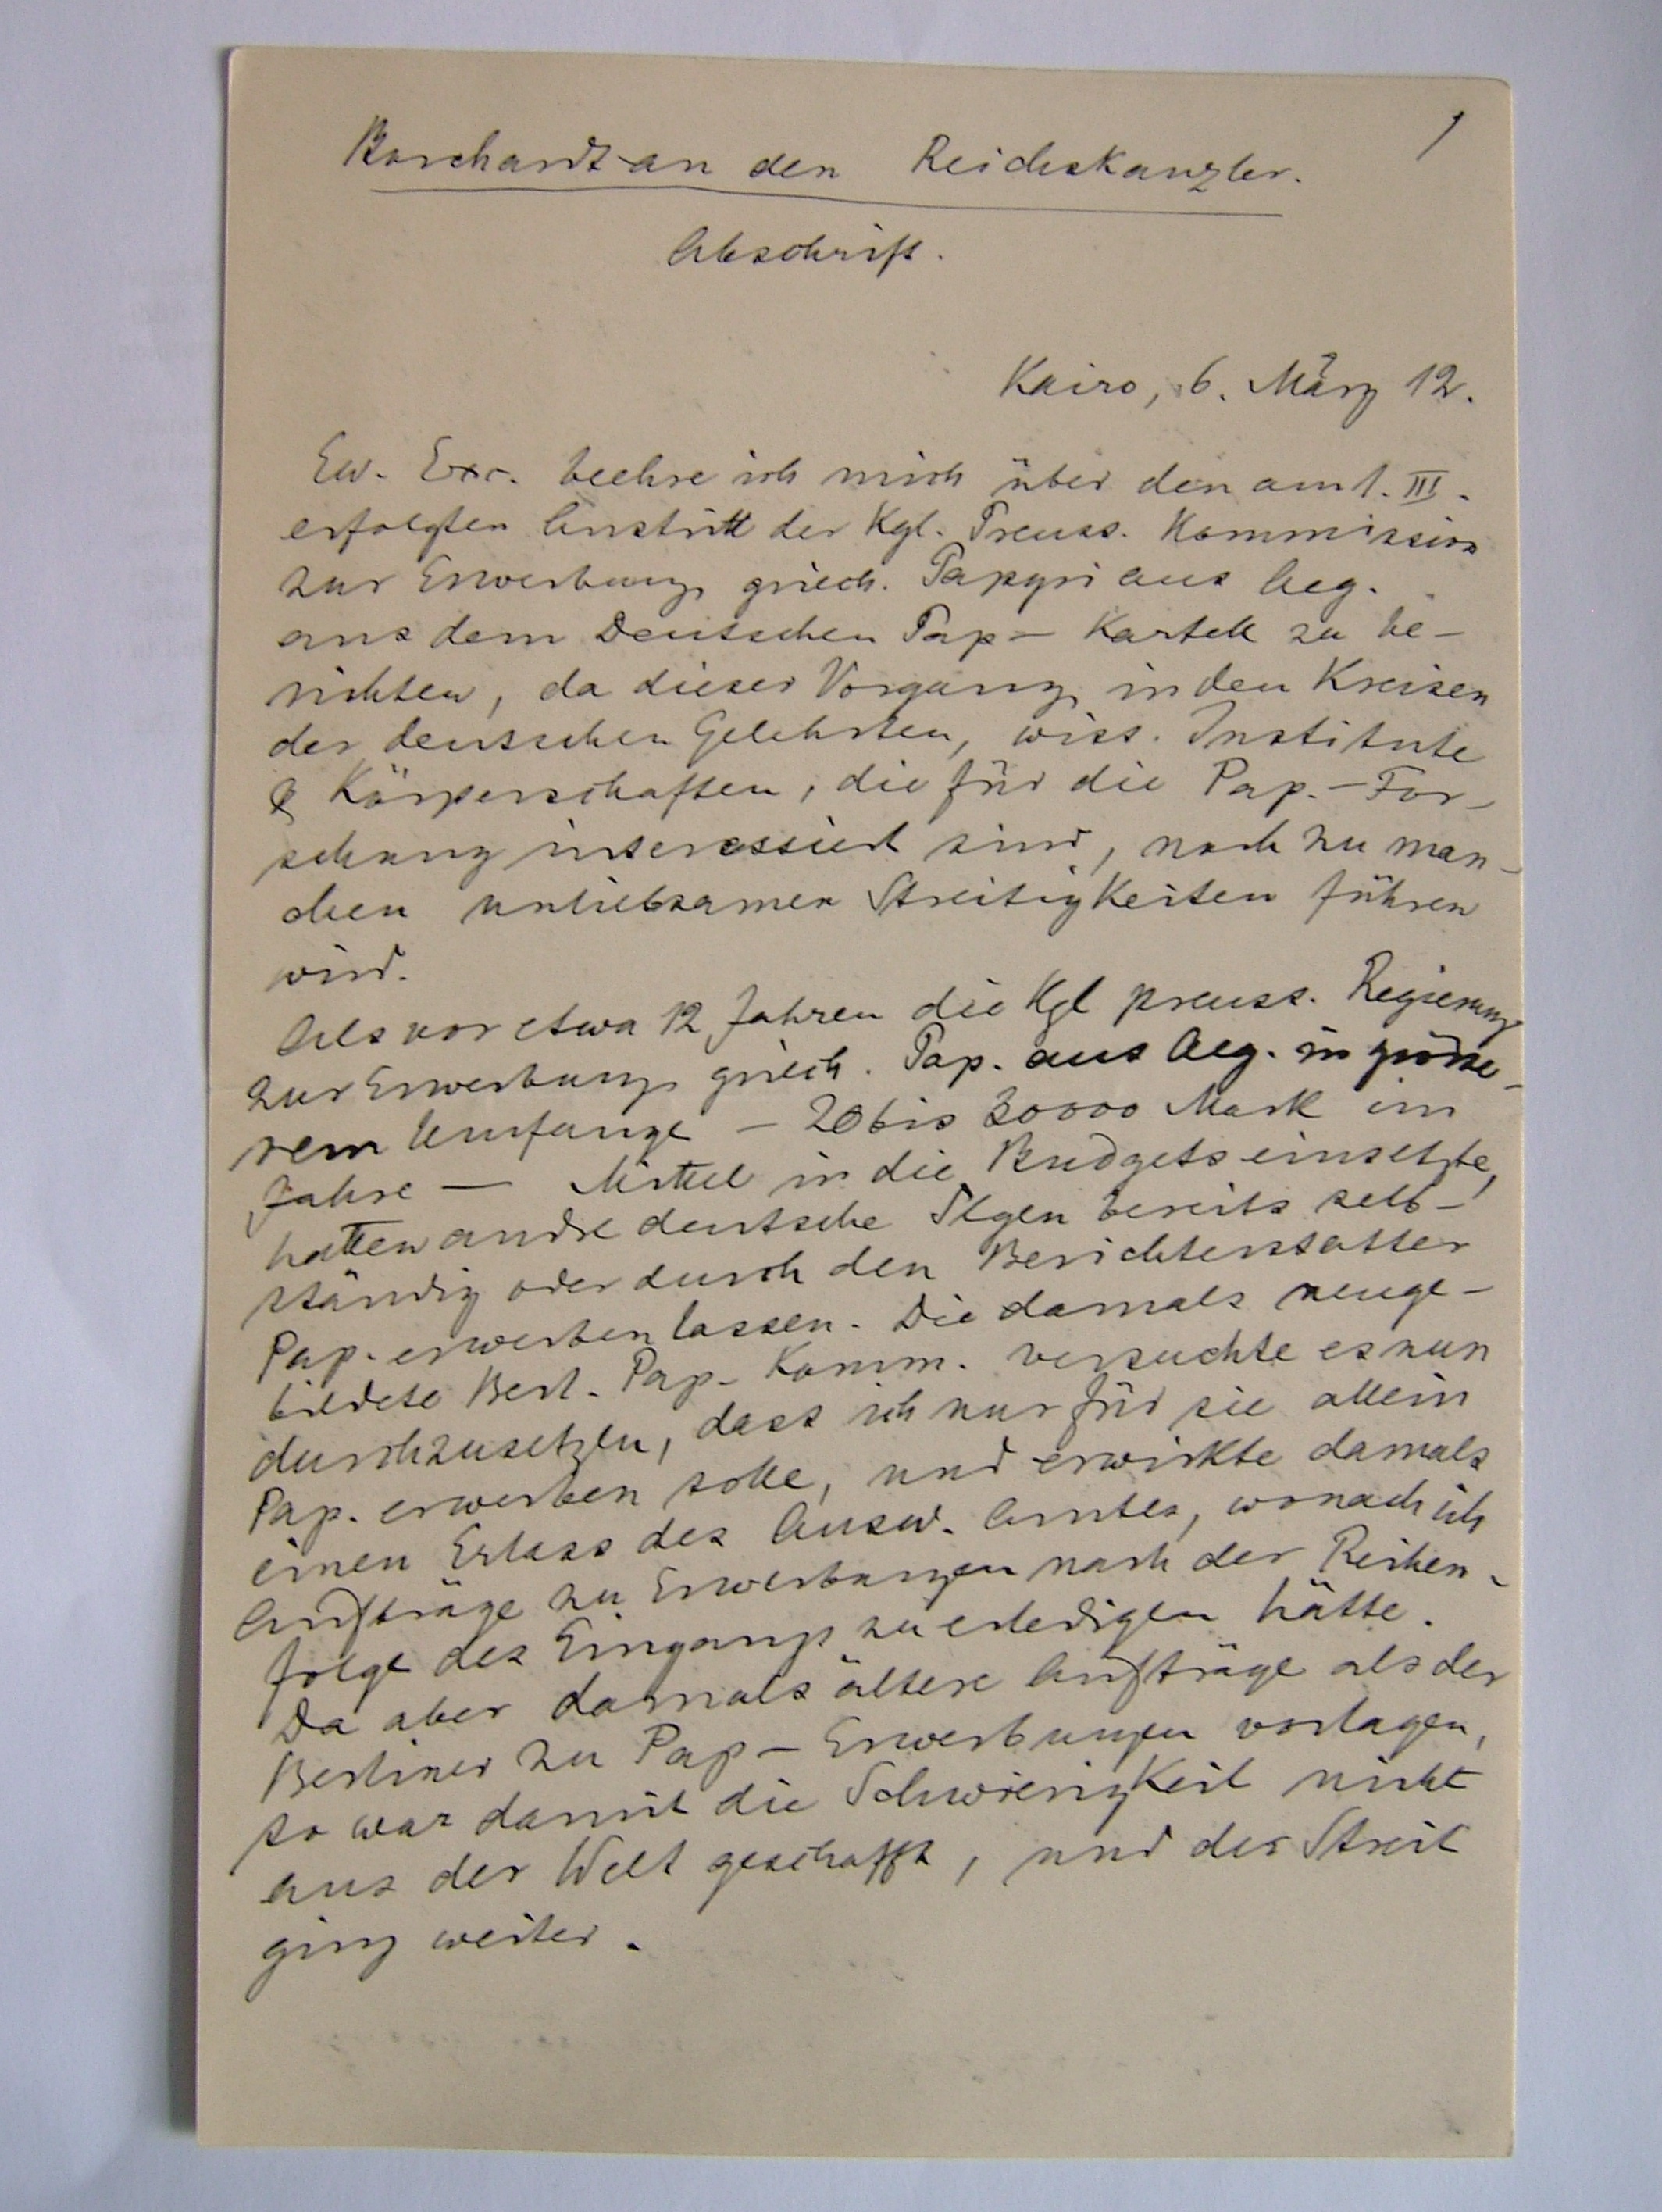
1
Borchardt an den Reichskanzler
Abschrift
Kairo, 6. März 12
Ew. Exc. beehrte ich mich über den am 1.III.
erfolgten Austritt der Kgl. Preuss. Kommission
zur Erwerbung griech. Papyri aus Aeg.
aus dem Deutschen Payrus Kartell zu be¬
richten, da dieser Vorgang in den Kreisen
der deutschen Gelehrten, wiss. Institute
& Körperschaften, die für die Pap.-For¬
schung interessiert sind, noch zu man¬
chen unliebsamen Streitigkeiten führen
wird.
Als vor etwa 12 Jahren die Kgl. preiss. Regierung
zur Erwerbung griech. Pap. aus Aeg. in grösse¬
rem Umfange – 20 bis 3000 Mark
im Jahre – Mittel in die Budgets einsetzte,
hatten andre deutsche S(amm)l(un)gen bereits selbs¬
tändig oder durch den Berichterstatter
Pap. erwerben lassen. Die damals neuge¬
bildete Berl. Pap. Komm. versuchte es nun
durchzusetzen, dass ich nur für sie allein
Pap. erwerben solle, und erwirkte damals
einen Erlass des Ausw. Amtes, wonach ich
Aufträge an Erwerbungen nach der Reihen¬
folge des Eingangs zu erledigen hätte.
Da ber damals ältere Aufträge als der
Berliner zu Pap.-Erwerbungen vorlagen,
so war damit die Schwierigkeit nicht
aus der Welt geschafft, und der Streit
ging weiter.